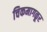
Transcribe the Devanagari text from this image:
चिकमागळूर